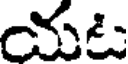
యట